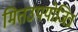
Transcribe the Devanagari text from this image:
मितउपयोजित्र